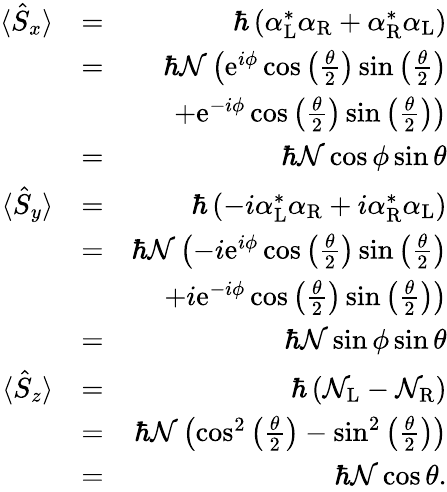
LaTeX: \begin{array}{rlr}{\langle\hat{S}_{x}\rangle}&{=}&{\hbar\left({\alpha}_{\mathrm{L}}^{*}{\alpha}_{\mathrm{R}}+{\alpha}_{\mathrm{R}}^{*}{\alpha}_{\mathrm{L}}\right)}\\ &{=}&{\hbar{\mathcal N}\left(\mathrm{e}^{i\phi}\cos\left(\frac{\theta}{2}\right)\sin\left(\frac{\theta}{2}\right)\right.}\\ &{}&{\left.+\mathrm{e}^{-i\phi}\cos\left(\frac{\theta}{2}\right)\sin\left(\frac{\theta}{2}\right)\right)}\\ &{=}&{\hbar{\mathcal N}\cos{\phi}\sin\theta}\\ {\langle\hat{S}_{y}\rangle}&{=}&{\hbar\left(-i{\alpha}_{\mathrm{L}}^{*}{\alpha}_{\mathrm{R}}+i{\alpha}_{\mathrm{R}}^{*}{\alpha}_{\mathrm{L}}\right)}\\ &{=}&{\hbar{\mathcal N}\left(-i\mathrm{e}^{i\phi}\cos\left(\frac{\theta}{2}\right)\sin\left(\frac{\theta}{2}\right)\right.}\\ &{}&{\left.+i\mathrm{e}^{-i\phi}\cos\left(\frac{\theta}{2}\right)\sin\left(\frac{\theta}{2}\right)\right)}\\ &{=}&{\hbar{\mathcal N}\sin{\phi}\sin\theta}\\ {\langle\hat{S}_{z}\rangle}&{=}&{\hbar\left({\mathcal N}_{\mathrm{L}}-{\mathcal N}_{\mathrm{R}}\right)}\\ &{=}&{\hbar{\mathcal N}\left(\cos^{2}\left(\frac{\theta}{2}\right)-\sin^{2}\left(\frac{\theta}{2}\right)\right)}\\ &{=}&{\hbar{\mathcal N}\cos\theta.}\end{array}